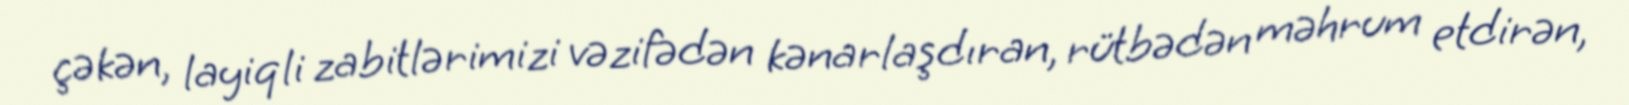
çəkən, layiqli zabitlərimizi vəzifədən kənarlaşdıran, rütbədən məhrum etdirən,